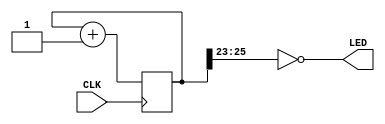
`timescale 1 ps / 1 ps

module top
(
	input wire CLK,
	
	output wire [2:0] LED
);

	reg [31:0] counter;
	
	always @(posedge CLK) begin
		counter <= counter + 1;
	end
	
	assign LED = ~counter[25 -: 3];
	
endmodule